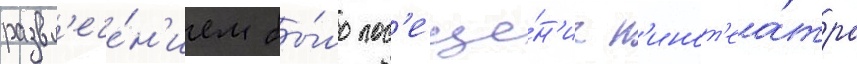
развл'ече́н'ием бы́ло пос'еще́н'ие к'инот'еа́тра